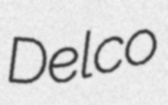
Delco